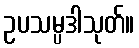
ဥပသမ္ပဒါသုတ်။